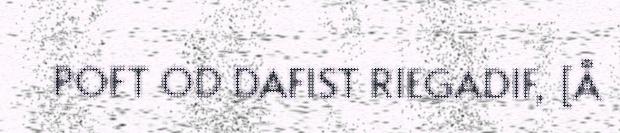
POFT OD DAFIST RIEGADIF, [Å